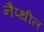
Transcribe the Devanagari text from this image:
नैप्थील